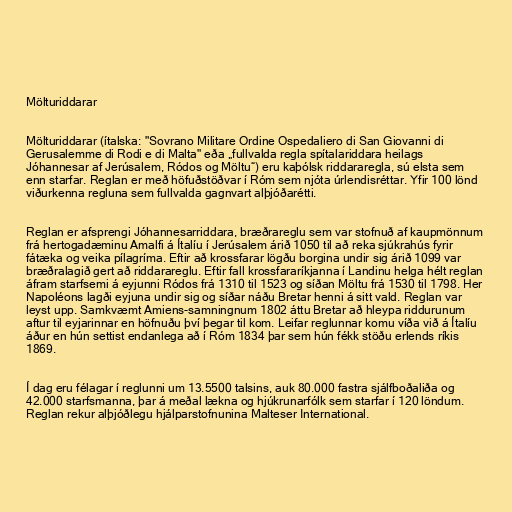
Mölturiddarar

Mölturiddarar (ítalska: "Sovrano Militare Ordine Ospedaliero di San Giovanni di
Gerusalemme di Rodi e di Malta" eða „fullvalda regla spítalariddara heilags
Jóhannesar af Jerúsalem, Ródos og Möltu“) eru kaþólsk riddararegla, sú elsta sem
enn starfar. Reglan er með höfuðstöðvar í Róm sem njóta úrlendisréttar. Yfir 100 lönd
viðurkenna regluna sem fullvalda gagnvart alþjóðarétti.

Reglan er afsprengi Jóhannesarriddara, bræðrareglu sem var stofnuð af kaupmönnum
frá hertogadæminu Amalfi á Ítalíu í Jerúsalem árið 1050 til að reka sjúkrahús fyrir
fátæka og veika pílagríma. Eftir að krossfarar lögðu borgina undir sig árið 1099 var
bræðralagið gert að riddarareglu. Eftir fall krossfararíkjanna í Landinu helga hélt reglan
áfram starfsemi á eyjunni Ródos frá 1310 til 1523 og síðan Möltu frá 1530 til 1798. Her
Napoléons lagði eyjuna undir sig og síðar náðu Bretar henni á sitt vald. Reglan var
leyst upp. Samkvæmt Amiens-samningnum 1802 áttu Bretar að hleypa riddurunum
aftur til eyjarinnar en höfnuðu því þegar til kom. Leifar reglunnar komu víða við á Ítalíu
áður en hún settist endanlega að í Róm 1834 þar sem hún fékk stöðu erlends ríkis
1869.

Í dag eru félagar í reglunni um 13.5500 talsins, auk 80.000 fastra sjálfboðaliða og
42.000 starfsmanna, þar á meðal lækna og hjúkrunarfólk sem starfar í 120 löndum.
Reglan rekur alþjóðlegu hjálparstofnunina Malteser International.